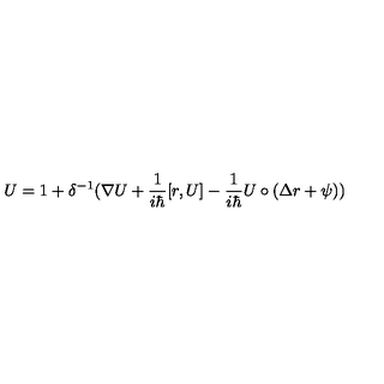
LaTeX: U = 1 + \delta ^ { - 1 } ( \nabla U + \frac 1 { i \hbar } [ r , U ] - \frac 1 { i \hbar } U \circ ( \Delta r + \psi ) )